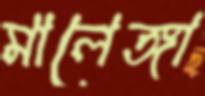
মালেঙ্গা